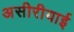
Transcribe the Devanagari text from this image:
असीरीयाई